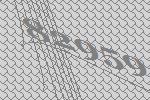
82959